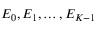
E _ { 0 } , E _ { 1 } , \dots , E _ { K - 1 }